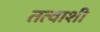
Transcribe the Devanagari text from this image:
तत्वाशी